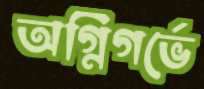
অগ্নিগর্ভে